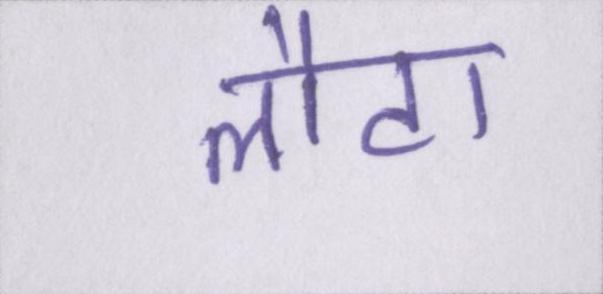
लौटा